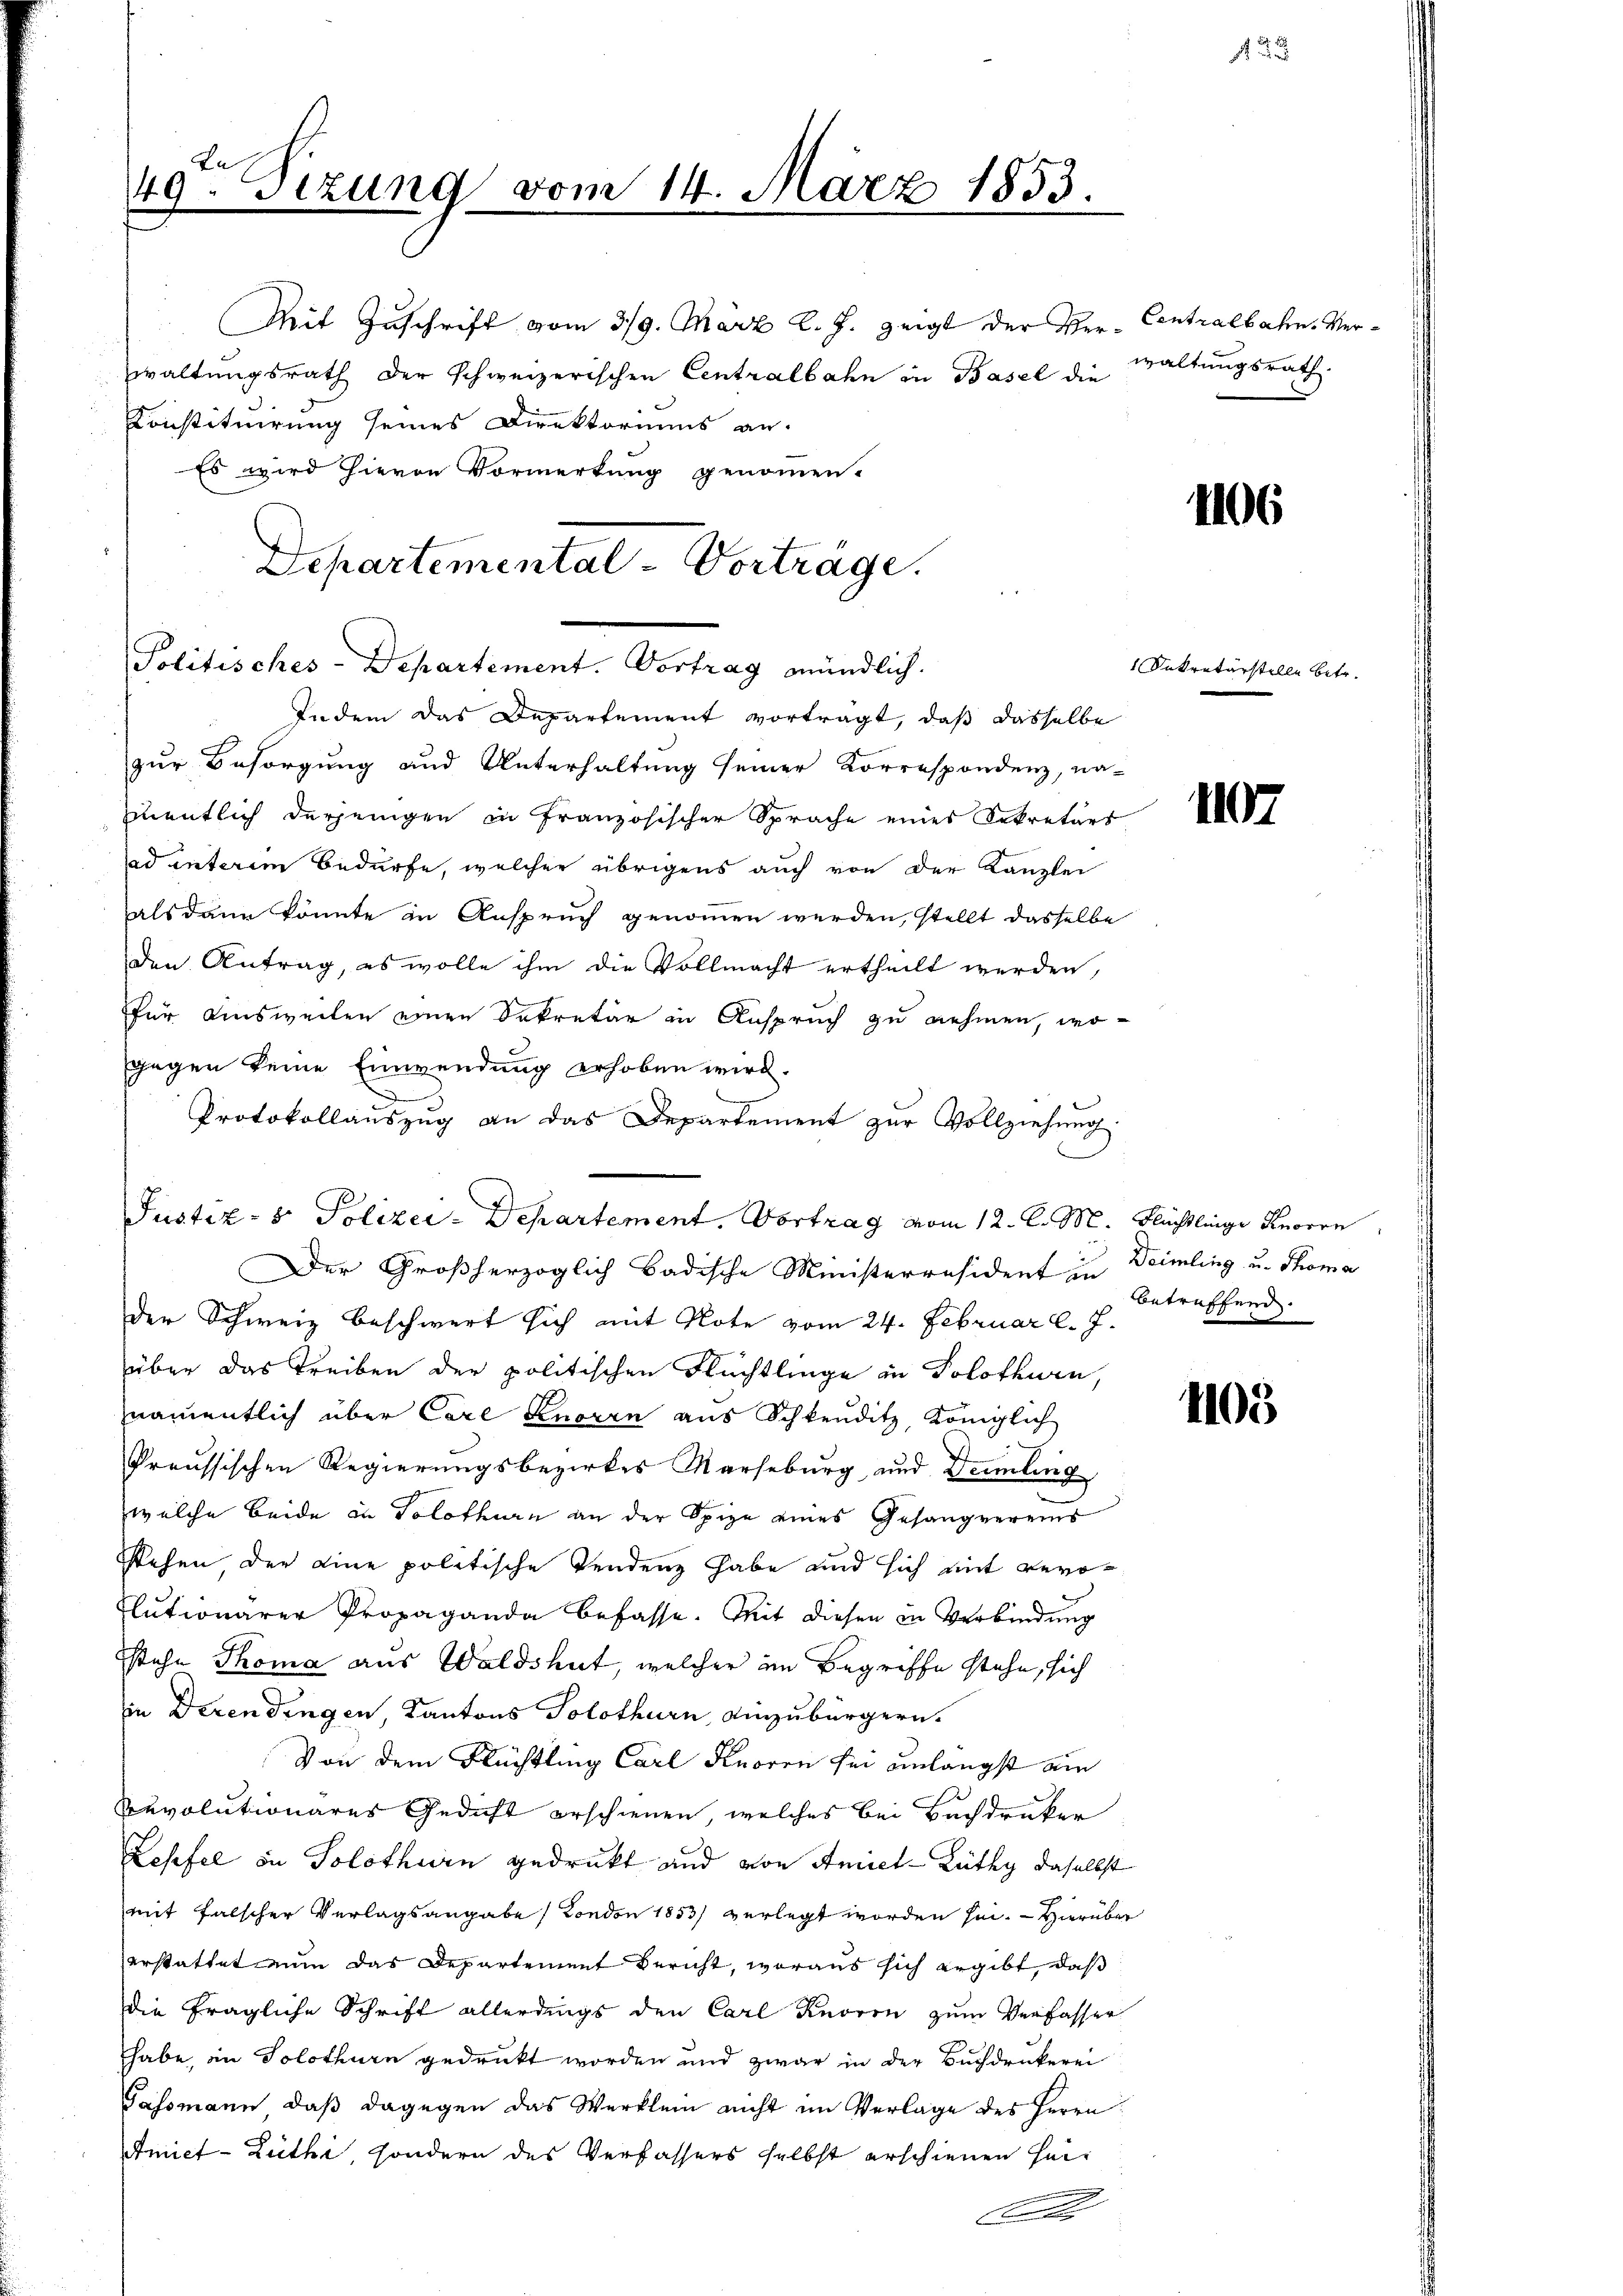
49ten Sizung vom 14. März 1853.

Politisches-Departement. Vortrag mündlich.

Indem das Departement vortragt, daß dasselbe
zur Besorgung und Unterhaltung seiner Korrespondenz, na-
mentlich derjenigen in Französischer Sprache eines Dekretärs
ad unterem Bedürfe, welcher übrigens auch von der Kanzlei
als dann könnte in Anspruch genommen werden, stellt dasselbe
den Antrag, es wolle ihm die Vollmacht ertheilt werden,
für Ausweilen einen Dekretär in Anspruch zu nehmen, wogegen keine Einwendung erhoben wird.
d
Protokollauszug an das Departement zur Vollziehung
Justiz- & Polizei-Departement. Vortrag vom 12. l. M. Flüchtlinge Knoren
Der Großherzoglich badische Ministerräsident zu Deimling u. Thoma
der Schweiz beschwert sich mit Note vom 24. Februar l. J.
über das Treiben der politischen Flüchtlinge in Solothurn,
namentlich über Carl Genoren aus Schleuditz, Königlich
Preussischen Regierungsbezirkes Marseburg, und Deling
welche beide in Solothurn an der Spize eines Gesangvereins
Stehen der eine politische Tendenz habe und sich mit Bero¬
Flutionärer Propaganda befasse. Mit diesen in Verbindung
Istehe Thoma aus Waldshut, welcher im Begriffe stehe, sich
in Deren dingen, Kantons Solothurn, einzubürgern.
Von dem Flüchtling Carl Knoren sei einlängst am
Buvolutionärer Gedicht erschienen, welches bei Buchdrucker
Lesefel in Solothurn gedruckt und von Amiet- Lüthy daselbst
mit falscher Verlagsangabe / London 1853 verlegt worden sei. — Hierüber
erstattet nun das Departement Bericht, woraus sich ergibt, daß
die fragliche Schrift allerdings den Carl Knoren zum Verfasser
habe, in Solothurn gedruckt worden und zwar in der Buchdrukerei
Gassmann, daß dagegen das Werklein nicht im Verlage des Herrn
Amiet- Lüthi, sondern des Verfassers selbst erschienen hei¬
A

Mit Zuschrift vom 319. März l. J. zeigt der Ver-Centralbahn. Verwaltungsrath der schweizerischen Centralbahn in Basel die waltungsrath.
Konstituirung seines Direktoriums an.
Es wird hievon Vormerkung genommen.
Departemental Vorträge.

1106

Sekretärstelle betr.

1107

betreffend.

405

2